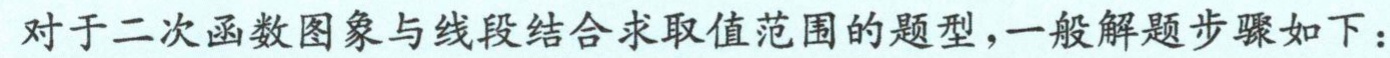
对于二次函数图象与线段结合求取值范围的题型，一般解题步骤如下：